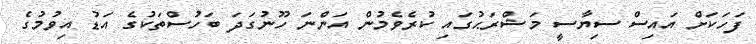
ފަހަކަށް އައިސް ސިޔާސީ މަޝްރަޙުގައި ކުރެވެމުން އަންނަ ހޫނުގަދަ ބަހުސްތަކުގެ އަޑު އިވުމުގެ